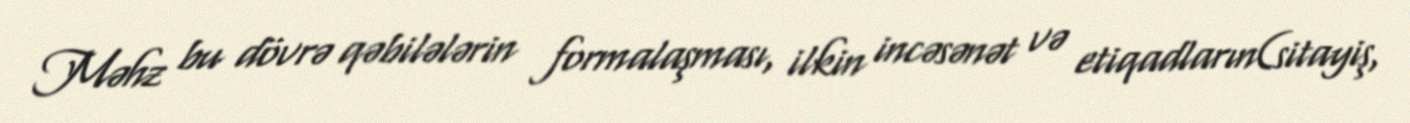
Məhz bu dövrə qəbilələrin formalaşması, ilkin incəsənət və etiqadların(sitayiş,